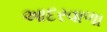
આદરવાળા